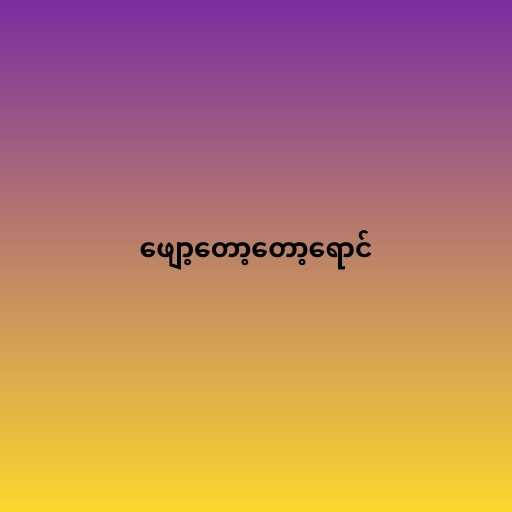
ဖျော့တော့တော့ရောင်